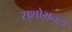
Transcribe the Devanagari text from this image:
सुशोभनही